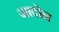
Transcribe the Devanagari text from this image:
जादोन